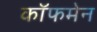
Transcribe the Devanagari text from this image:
कॉफमेन